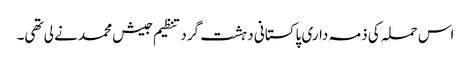
اس حملہ کی ذمہ داری پاکستانی دہشت گرد تنظیم جیش محمد نے لی تھی۔